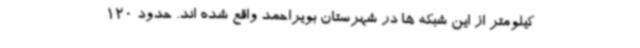
کیلومتر از این شبکه ها در شهرستان بویراحمد واقع شده اند. حدود 120